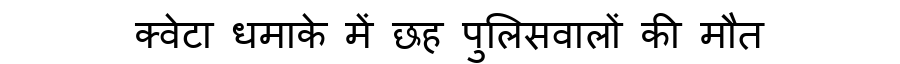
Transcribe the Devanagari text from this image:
क्वेटा धमाके में छह पुलिसवालों की मौत